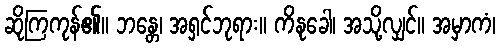
ဆိုကြကုန်၏။ ဘန္တေ၊ အရှင်ဘုရား။ ကိနုခေါ၊ အသို့လျှင်။ အမှာကံ၊